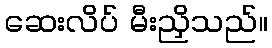
ဆေးလိပ် မီးညှိသည်။